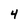
Character: 4